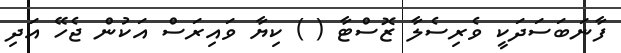
ފާނަބަސަދަކީ ވެރިސެލާ ޒޮސްޓާ ( ) ކިޔާ ވައިރަސް އަކުން ޖެހޭ އަދި